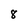
Character: 8